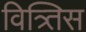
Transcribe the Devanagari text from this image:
वित्र्तिस